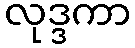
လုဒ္ဒကာ